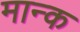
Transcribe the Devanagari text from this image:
मान्क